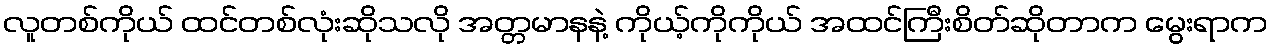
လူတစ်ကိုယ် ထင်တစ်လုံးဆိုသလို အတ္တမာနနဲ့ ကိုယ့်ကိုကိုယ် အထင်ကြီးစိတ်ဆိုတာက မွေးရာက